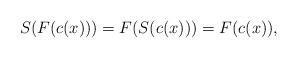
LaTeX: \begin{align*}S(F(c(x)))=F(S(c(x)))=F(c(x)),\end{align*}